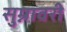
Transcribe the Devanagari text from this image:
सुम्नावरी